Civil Veterinary Dept. Assam report 1927-50 - 1927-1950
Year: 1927
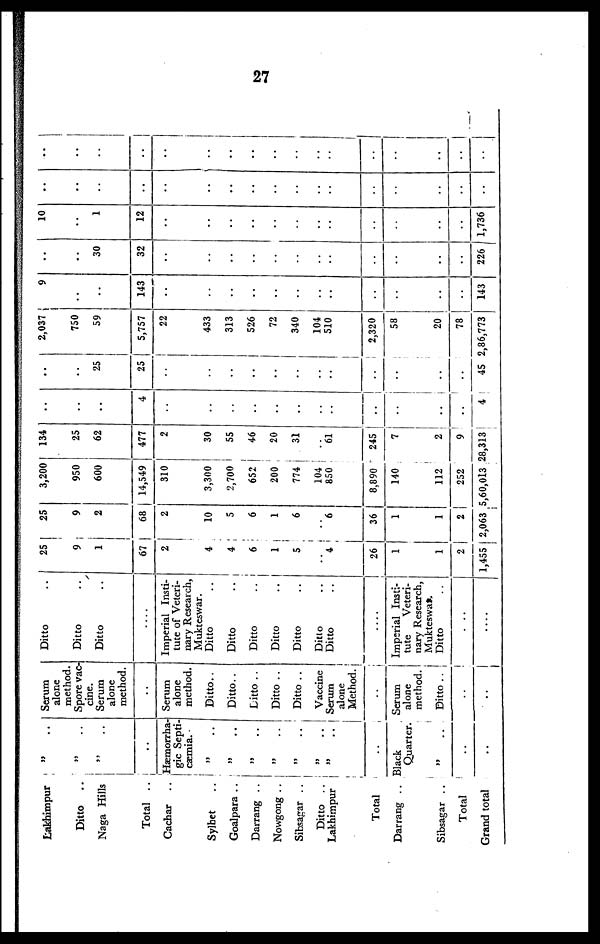
27
Lakhimpur
Ditto
..
Naga Hills
Total ..
Cachar ..
Sylhet ..
Goalpara ..
Darrang ..
Nowgong ..
Sibsasjar ..
Ditto ..
Lakhimpur
Total
Darrang ..
Sibsagar ..
Total
Grand total
„ ..
„ ..
„ ..
..
Hæmorrha-
gic Septi-
cæmia.
„ ..
„ ..
„ ..
„ ..
„ ..
„ ..
„ ..
..
Black
Quarter.
„ ..
..
..
Serum
alone
method.
Spore vac-
cine.
Serum
alone
method.
..
Serum
alone
method.
Ditto ..
Ditto ..
Ditto ..
Ditto ..
Ditto ..
Vaccine
Serum
alone
Method.
i
Serum
alone
method.
Ditto ..
..
..
Ditto ..
Ditto ..
Ditto ..
Imperial Insti-
tute of Veteri-
nary Research,
Mukteswar.
Ditto ..
Ditto ..
Ditto ..
Ditto ..
Ditto ..
Ditto ..
Ditto ..
Imperial Insti-
tute
Veteri-
nary Research,
Mukteswar.
Ditto ..
....
....
25
9
1
67
2
4
4
6
1
5
..
4
26
1
1
2
1,455
25
9
2
|
68
2
10
5
6
1
6
..
6
36
1
1
2
2,063
3,200
950
600
14,549
310
3,300
2,700
652
200
774
104
850
8,890
140
112
252
5,60,013 . 2
134
25
62
477
2
30
55
46
20
31
..
61
245
7
2
9
28,313
..
..
..
4
..
..
..
..
..
..
..
..
..
..
..
..
..
4
..
..
25
25
..
..
..
..
..
..
..
..
i
..
..
..
..
45
2,037
750
59
5,757
22
433
313
526
72
340
104
510
2,320
58
20
78
2,86,773
9
..
..
143
..
..
..
..
..
..
..
..
..
..
..
..
143
..
..
30
32
..
..
..
..
..
..
..
..
..
..
..
..
226
10
..
1
12
..
..
..
..
..
..
..
..
..
..
..
..
1,736
..
..
..
..
..
..
..
..
..
..
..
..
..
..
..
..
..
..
..
..
..
..
.. ..
..
..
..
..
..
..
..
..
..